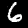
Label: 6